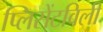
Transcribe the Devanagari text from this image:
प्लिसेंटविली